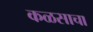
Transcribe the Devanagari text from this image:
कळसाचा